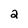
Character: 2